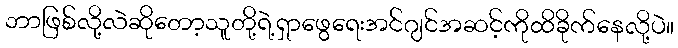
ဘာဖြစ်လို့လဲဆိုတော့သူတို့ရဲ့ရှာဖွေရေးအင်ဂျင်အဆင့်ကိုထိခိုက်နေလို့ပဲ။